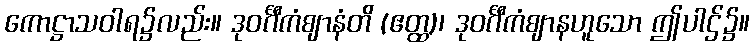
ကောဋ္ဌာသဝါရ၌လည်း။ ဒုဝင်္ဂီကံဈာနံတိ (ဧတ္ထ)၊ ဒုဝင်္ဂီကံဈာနဟူသော ဤပါဌ်၌။